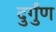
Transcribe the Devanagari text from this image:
दुर्गुंण